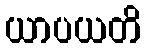
ယာပယတိ